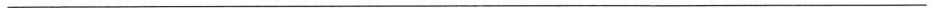
___